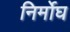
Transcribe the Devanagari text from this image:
निर्मोघ